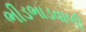
ભીડભાડવાળી